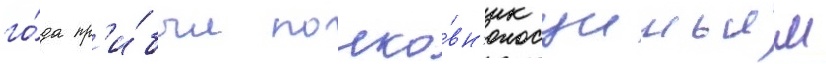
го́да пр'и́был полко́вн'ик уильям